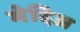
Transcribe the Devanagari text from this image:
मेदिअ